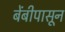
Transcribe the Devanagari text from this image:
बेंबीपासून